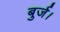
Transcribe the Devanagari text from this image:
बुर्ज।